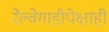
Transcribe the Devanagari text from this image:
रेल्वेगाडीपेक्षाही